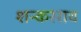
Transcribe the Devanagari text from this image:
शन्करराव